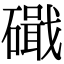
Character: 𥖙